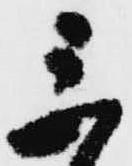
三